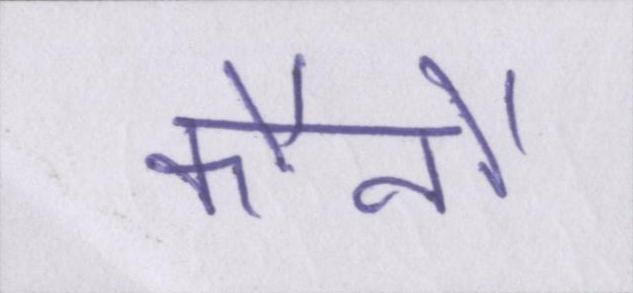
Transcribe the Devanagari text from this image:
कौनौ